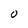
Character: O